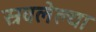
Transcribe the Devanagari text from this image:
स्रवलेल्या